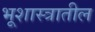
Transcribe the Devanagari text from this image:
भूशास्त्रातील